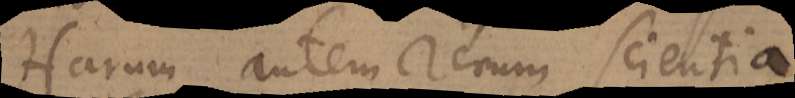
Harum autem rerum scientia